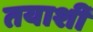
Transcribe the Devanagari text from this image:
तयाशीं